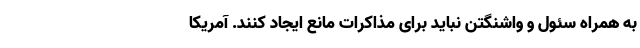
به همراه سئول و واشنگتن نباید برای مذاکرات مانع ایجاد کنند. آمریکا